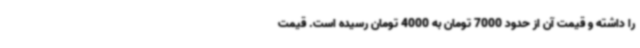
را داشته و قیمت آن از حدود 7000 تومان به 4000 تومان رسیده است. قیمت